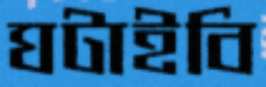
ঘটাইবি